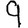
Digit: 9